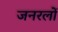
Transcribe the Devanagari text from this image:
जनरलाें